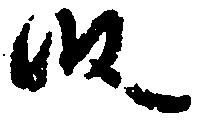
段